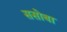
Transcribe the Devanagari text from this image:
ससोबा